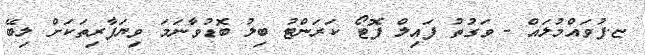
ޏ.ފުވައްމުލައް - ވަގުތު ފައިލް ފޮޓޯ ކަރަންޓު ބިލު ބޮޑުވާނަމަ ވިޔަފާރިތަކަށް ލިބޭ